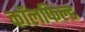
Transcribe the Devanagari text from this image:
कॉलफिल्ड